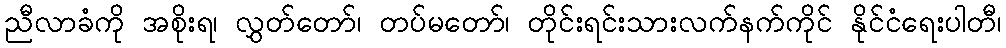
ညီလာခံကို အစိုးရ၊ လွှတ်တော်၊ တပ်မတော်၊ တိုင်းရင်းသားလက်နက်ကိုင် နိုင်ငံရေးပါတီ၊